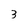
Character: 3